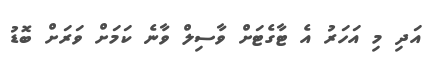
އަދި މި އަހަރު އެ ޓާގެޓަށް ވާސިލް ވާނެ ކަމަށް ވަރަށް ބޮޑު